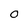
Character: o